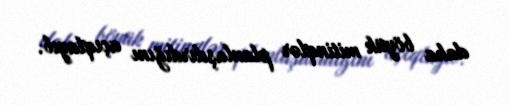
daha böyük mitinqlər planlaşdırdığını açıqlayıb.